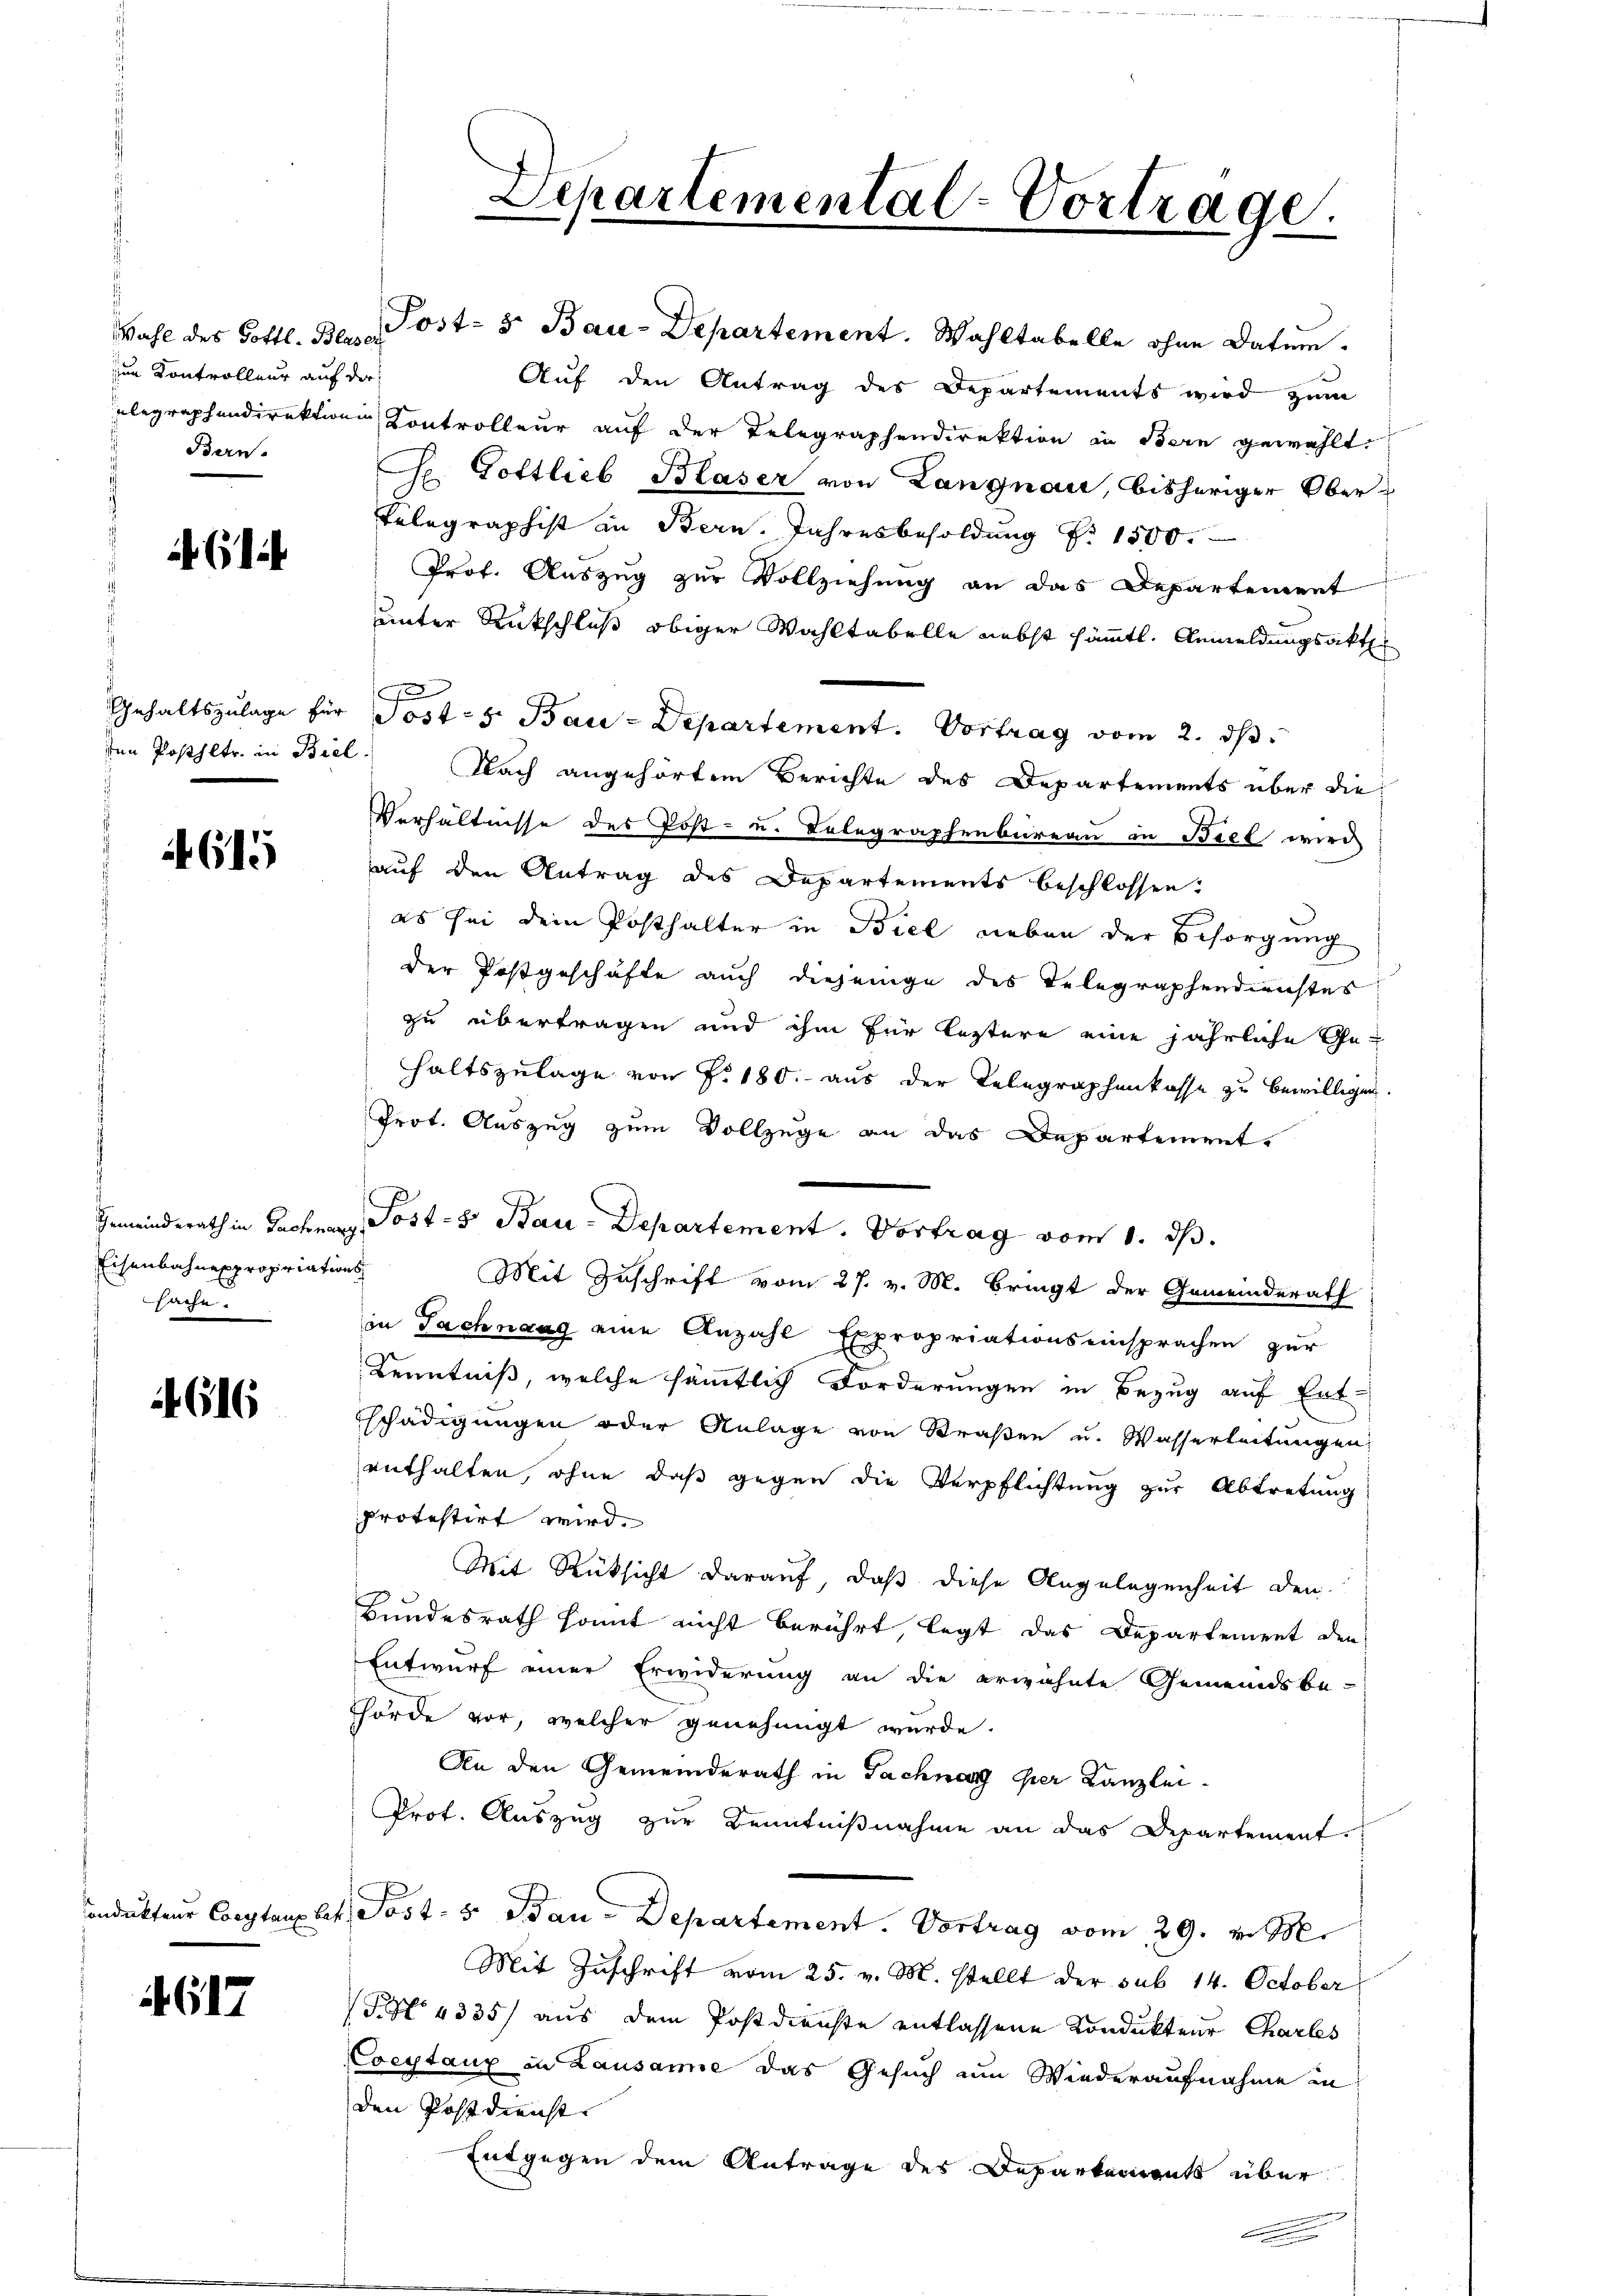
zum Kontrolleur auf der
Bern.

den Posthltr. in Biel

615

Eisenbahnexpropriations
sache.

4616

617

Wahl des Gottl. Bern Post- u. Bau-Departement. Wahltabelle ohne Datum.
Auf den Antrag des Departements wird zum
ubegraphendirektion Controlleur auf der Telegraphendirektion in Bern gewählt.
Se. Gottlieb Blaser von Langnau, bisheriger Ober-
Telegraphist in Bern. Jahresbesoldung Nr. 1500.
Prof. Auszug zur Vollziehung an das Departement
unter Rückschluß obiger Wahltabelle nebst sämmtl. Anmeldungsakt
Gehaltszŭlage für Post- 5. Bau-Departement. Vortrag vom 2. ds.
Nach angehörtem Berichte des Departements über die
Verhältnisse des Post- u. Delegraphenbureau in Biel wird
auf den Antrag des Departements beschlossen:
es sei dein Posthalter in Biel neben der Besorgung
der Postgeschäfte auch diejenige des Telegraphendienstes
zu übertragen und ihm für leztere eine jährliche Ge-
haltszulage von Fr. 180. aus der Telegraphenkasse zu bewilligen
Prot. Auszug zum Vollzüge an das Departement.
Gemeinderath in Gechnung Post- & Bau-Departement. Vortrag vom 1. ds.
Mit Zuschrift vom 27. v. M. Bringt der Gemeinderath
in Tachnang eine Anzahl Expropriationseinsprachen zur
Kenntniß, welche sämtlich Forderungen in Bezug auf Ent-
schädigungen oder Anlage von Straßen u. Wasserleitungen
enthalten, ohne daß gegen die Verpflichtung zur Abtretung
protestirt wird.
Mit Rücksicht darauf, daß diese Angelegenheit den
Bundesrath kommt nicht berührt, legt das Departement den
Entwurf einer Erwiderung an die erwähnte Gemeindsbe-
Thörde vor, welcher genehmigt wurde.
An den Gemeinderath in Fachnang per Kanzlei-
Prof. Auszug zur Kenntnißnahme an das Departement.
Condukteur Coeytauplat, Post- & Bau-Departement. Vortrag vom 29. v. M.
Mit Zuschrift vom 25. v. M. stellt der sub 14. October
S 4335) aus dem Postdienste entlassene Kondukteur Charles
Coeytaux in Lausanne das Gesuch um Wiederaufnahme in
den Postdienst
Entgegen dem Antrage des Departement über

f

Departemental-Vortrage.

C